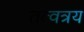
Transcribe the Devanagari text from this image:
तत्वत्रय